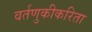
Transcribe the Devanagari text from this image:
वर्तणुकीकरिता